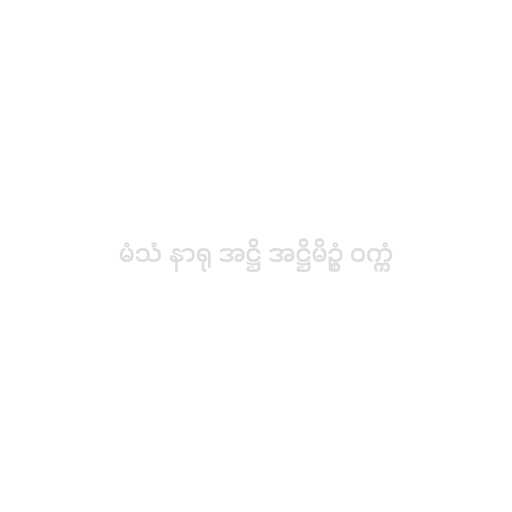
မံသံ နာရု အဋ္ဌိ အဋ္ဌိမိဥ္စံ ဝက္ကံ